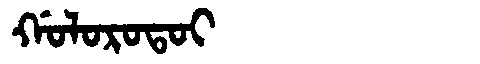
Manchu: ᡤᠣᠯᠣᡵᠣᡨᠣᡳ
Romanization: GOLOROTOI